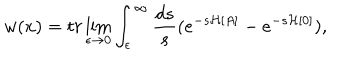
w ( x ) = t r \lim _ { \epsilon \to 0 } \int _ { \epsilon } ^ { \infty } \frac { d s } { s } ( e ^ { - s { \mathcal H } [ A ] } - e ^ { - s { \mathcal H } [ 0 ] } ) ,